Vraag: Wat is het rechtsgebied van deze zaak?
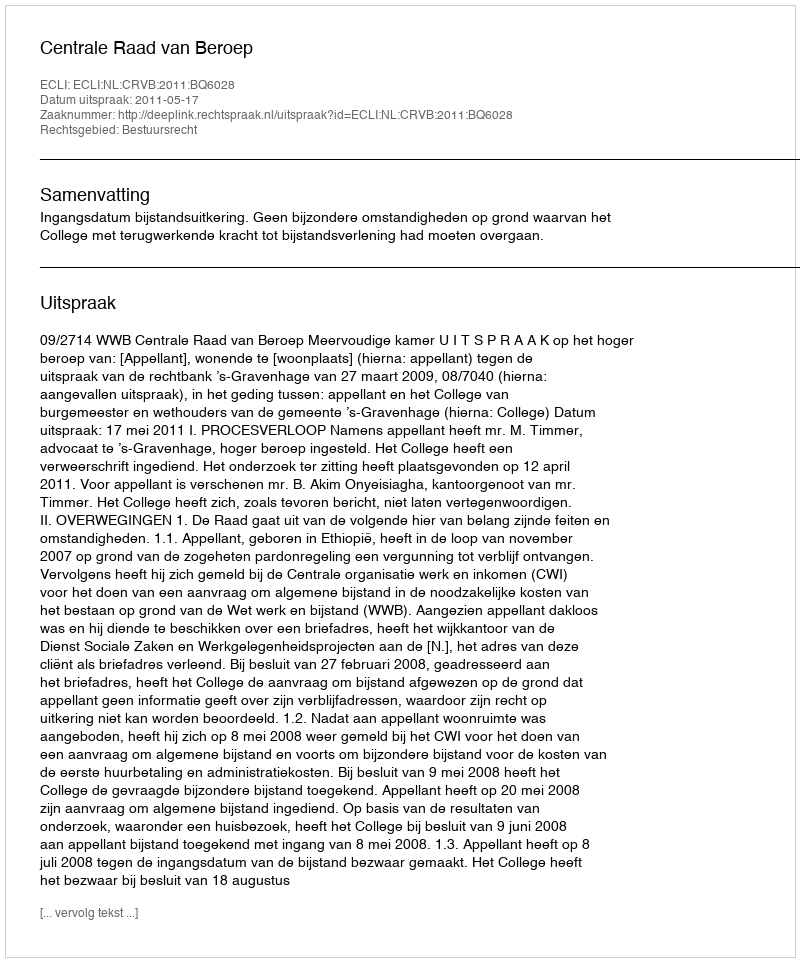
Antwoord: Bestuursrecht